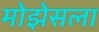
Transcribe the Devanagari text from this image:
मोझेसला